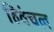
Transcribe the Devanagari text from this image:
हिवंचल